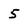
Character: 5